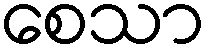
စေသာ